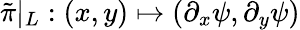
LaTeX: \tilde{\pi}|_{L}:(x,y)\mapsto(\partial_{x}\psi,\partial_{y}\psi)